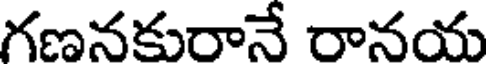
గణనకురానే రానయ